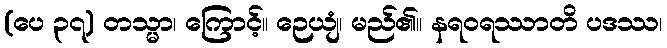
(ပေ ၃၇) တသ္မာ၊ ကြောင့်။ ဉေယျံ၊ မည်၏။ နရဝရဿာတိ ပဒဿ၊